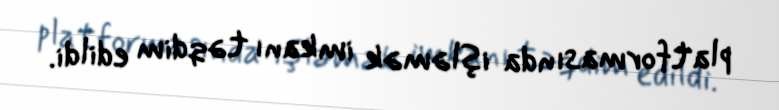
platformasında işləmək imkanı təqdim edildi.